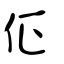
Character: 佂